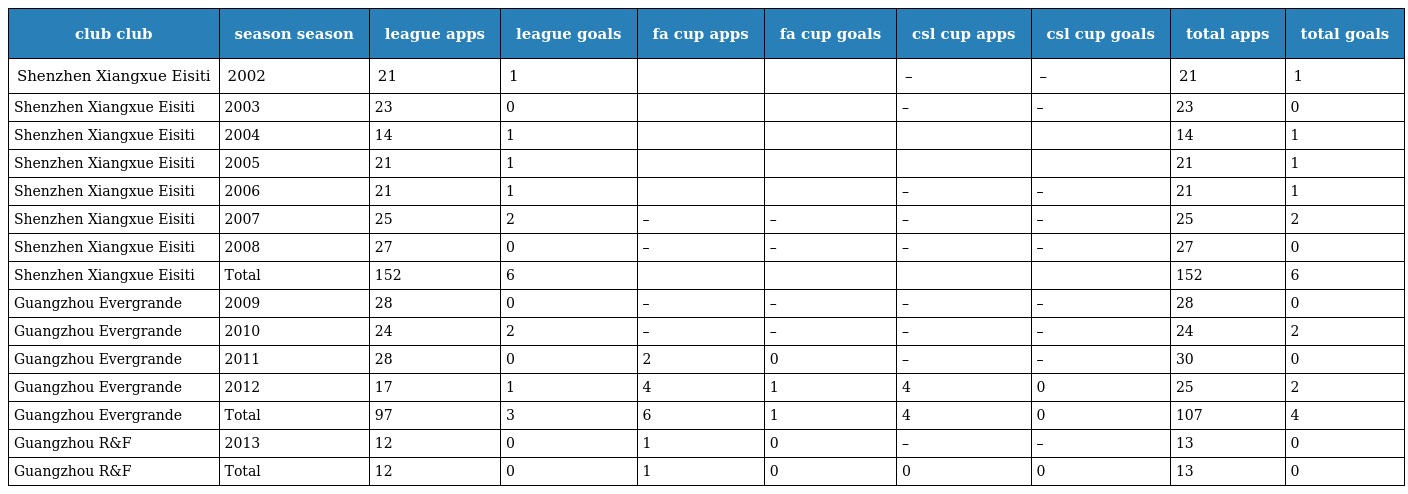
| club club | season season | league apps | league goals | fa cup apps | fa cup goals | csl cup apps | csl cup goals | total apps | total goals |
 | --- | --- | --- | --- | --- | --- | --- | --- | --- | --- |
 | Shenzhen Xiangxue Eisiti | 2002 | 21 | 1 |  |  | – | – | 21 | 1 |
 | Shenzhen Xiangxue Eisiti | 2003 | 23 | 0 |  |  | – | – | 23 | 0 |
 | Shenzhen Xiangxue Eisiti | 2004 | 14 | 1 |  |  |  |  | 14 | 1 |
 | Shenzhen Xiangxue Eisiti | 2005 | 21 | 1 |  |  |  |  | 21 | 1 |
 | Shenzhen Xiangxue Eisiti | 2006 | 21 | 1 |  |  | – | – | 21 | 1 |
 | Shenzhen Xiangxue Eisiti | 2007 | 25 | 2 | – | – | – | – | 25 | 2 |
 | Shenzhen Xiangxue Eisiti | 2008 | 27 | 0 | – | – | – | – | 27 | 0 |
 | Shenzhen Xiangxue Eisiti | Total | 152 | 6 |  |  |  |  | 152 | 6 |
 | Guangzhou Evergrande | 2009 | 28 | 0 | – | – | – | – | 28 | 0 |
 | Guangzhou Evergrande | 2010 | 24 | 2 | – | – | – | – | 24 | 2 |
 | Guangzhou Evergrande | 2011 | 28 | 0 | 2 | 0 | – | – | 30 | 0 |
 | Guangzhou Evergrande | 2012 | 17 | 1 | 4 | 1 | 4 | 0 | 25 | 2 |
 | Guangzhou Evergrande | Total | 97 | 3 | 6 | 1 | 4 | 0 | 107 | 4 |
 | Guangzhou R&F | 2013 | 12 | 0 | 1 | 0 | – | – | 13 | 0 |
 | Guangzhou R&F | Total | 12 | 0 | 1 | 0 | 0 | 0 | 13 | 0 |